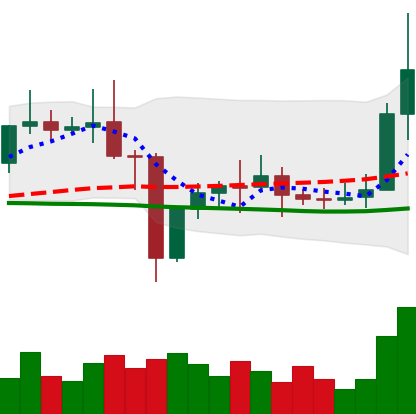
Ticker: ETC-USD
Chart end date: 2021-01-04
Forward return: 10.831%
Label: up_7plus